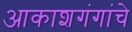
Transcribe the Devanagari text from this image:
आकाशगंगांचे